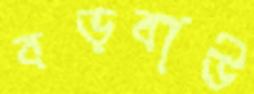
বড়বাউ